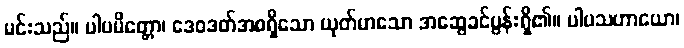
မင်းသည်။ ပါပမိတ္တော၊ ဒေဝဒတ်အစရှိသော ယုတ်မာသော အဆွေခင်ပွန်းရှိ၏။ ပါပသဟာယော၊